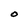
Character: O